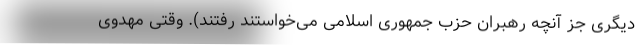
دیگری جز آنچه رهبران حزب جمهوری اسلامی می‌خواستند رفتند). وقتی مهدوی